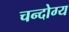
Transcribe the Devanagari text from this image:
चन्दोग्य